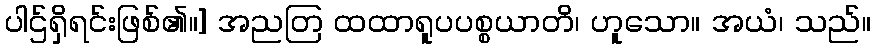
ပါဌ်ရှိရင်းဖြစ်၏။] အညတြ ထထာရူပပစ္စယာတိ၊ ဟူသော။ အယံ၊ သည်။